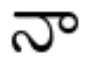
నా